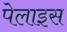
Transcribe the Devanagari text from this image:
पेलाइस